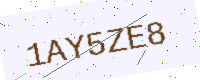
Text: 1AY5ZE8